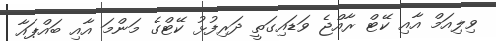
ވިލިއަމް އާއި ކޭޓް ރާއްޖެ ވަޑައިގަތީ ދަރިފުޅު ކޭޓްގެ މަންމަ އާއި ބައްޕައާ